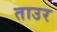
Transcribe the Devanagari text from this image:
ताउर